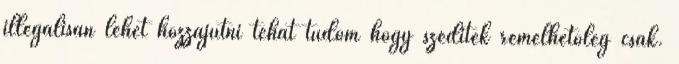
illegálisan lehet hozzájutni tehát tudom hogy szeditek remélhetőleg csak.